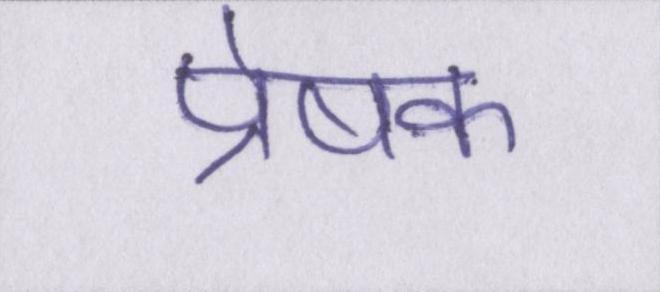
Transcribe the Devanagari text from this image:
प्रेषक